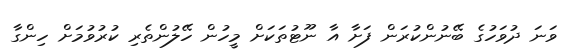
ވަނަ ދުވަހުގެ ބޭނުންކުރަން ފަށާ އާ ނޫޓުތަކަށް މީހުން ހޭލުންތެރި ކުރުވުމަށް ހިންގާ